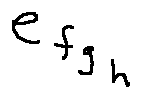
e _ { f _ { g _ { h } } }